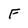
Character: F